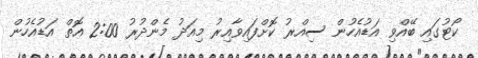
ކޯޓުގައި ބޭއްވި އަޑުއެހުން ސިއްރު ކޮށްފައިވާއިރު މިއަދު މެންދުރު 2:00 އޮތް އަޑުއެހުން